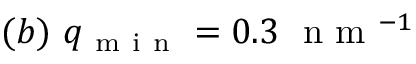
( b ) \ q _ { \mathrm { ~ m ~ i ~ n ~ } } = 0 . 3 \ \mathrm { ~ n ~ m ~ } ^ { - 1 }